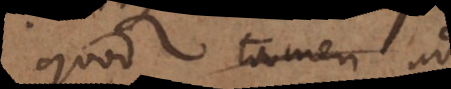
quod tamen ad